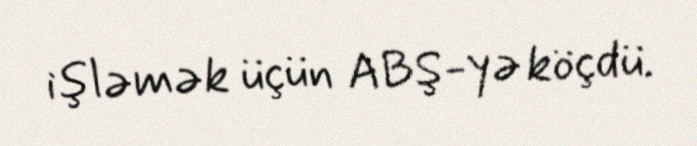
işləmək üçün ABŞ-yə köçdü.